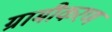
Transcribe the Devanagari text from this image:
ग्रामीकरण